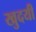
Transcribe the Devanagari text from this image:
खुदयी